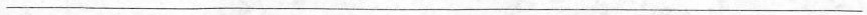
___